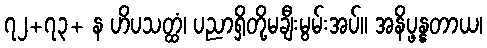
၇၂+၇၃+ န ဟိပသတ္ထံ၊ ပညာရှိတို့မချီးမွမ်းအပ်။ အနိပ္ဖန္နတာယ၊